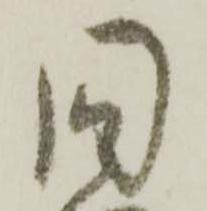
同